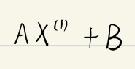
$A X^{(t)}+B$